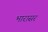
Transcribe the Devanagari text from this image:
भारासर